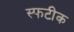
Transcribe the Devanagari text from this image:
स्फटीक